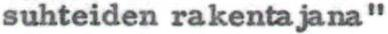
suhteiden rakentajana"